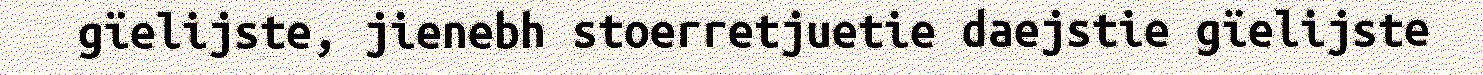
gïelijste, jienebh stoerretjuetie daejstie gïelijste